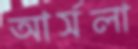
আর্সলা